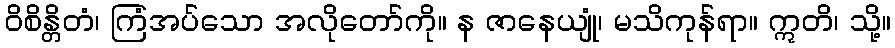
ဝိစိန္တိတံ၊ ကြံအပ်သော အလိုတော်ကို။ န ဇာနေယျုံ၊ မသိကုန်ရာ။ ဣတိ၊ သို့။